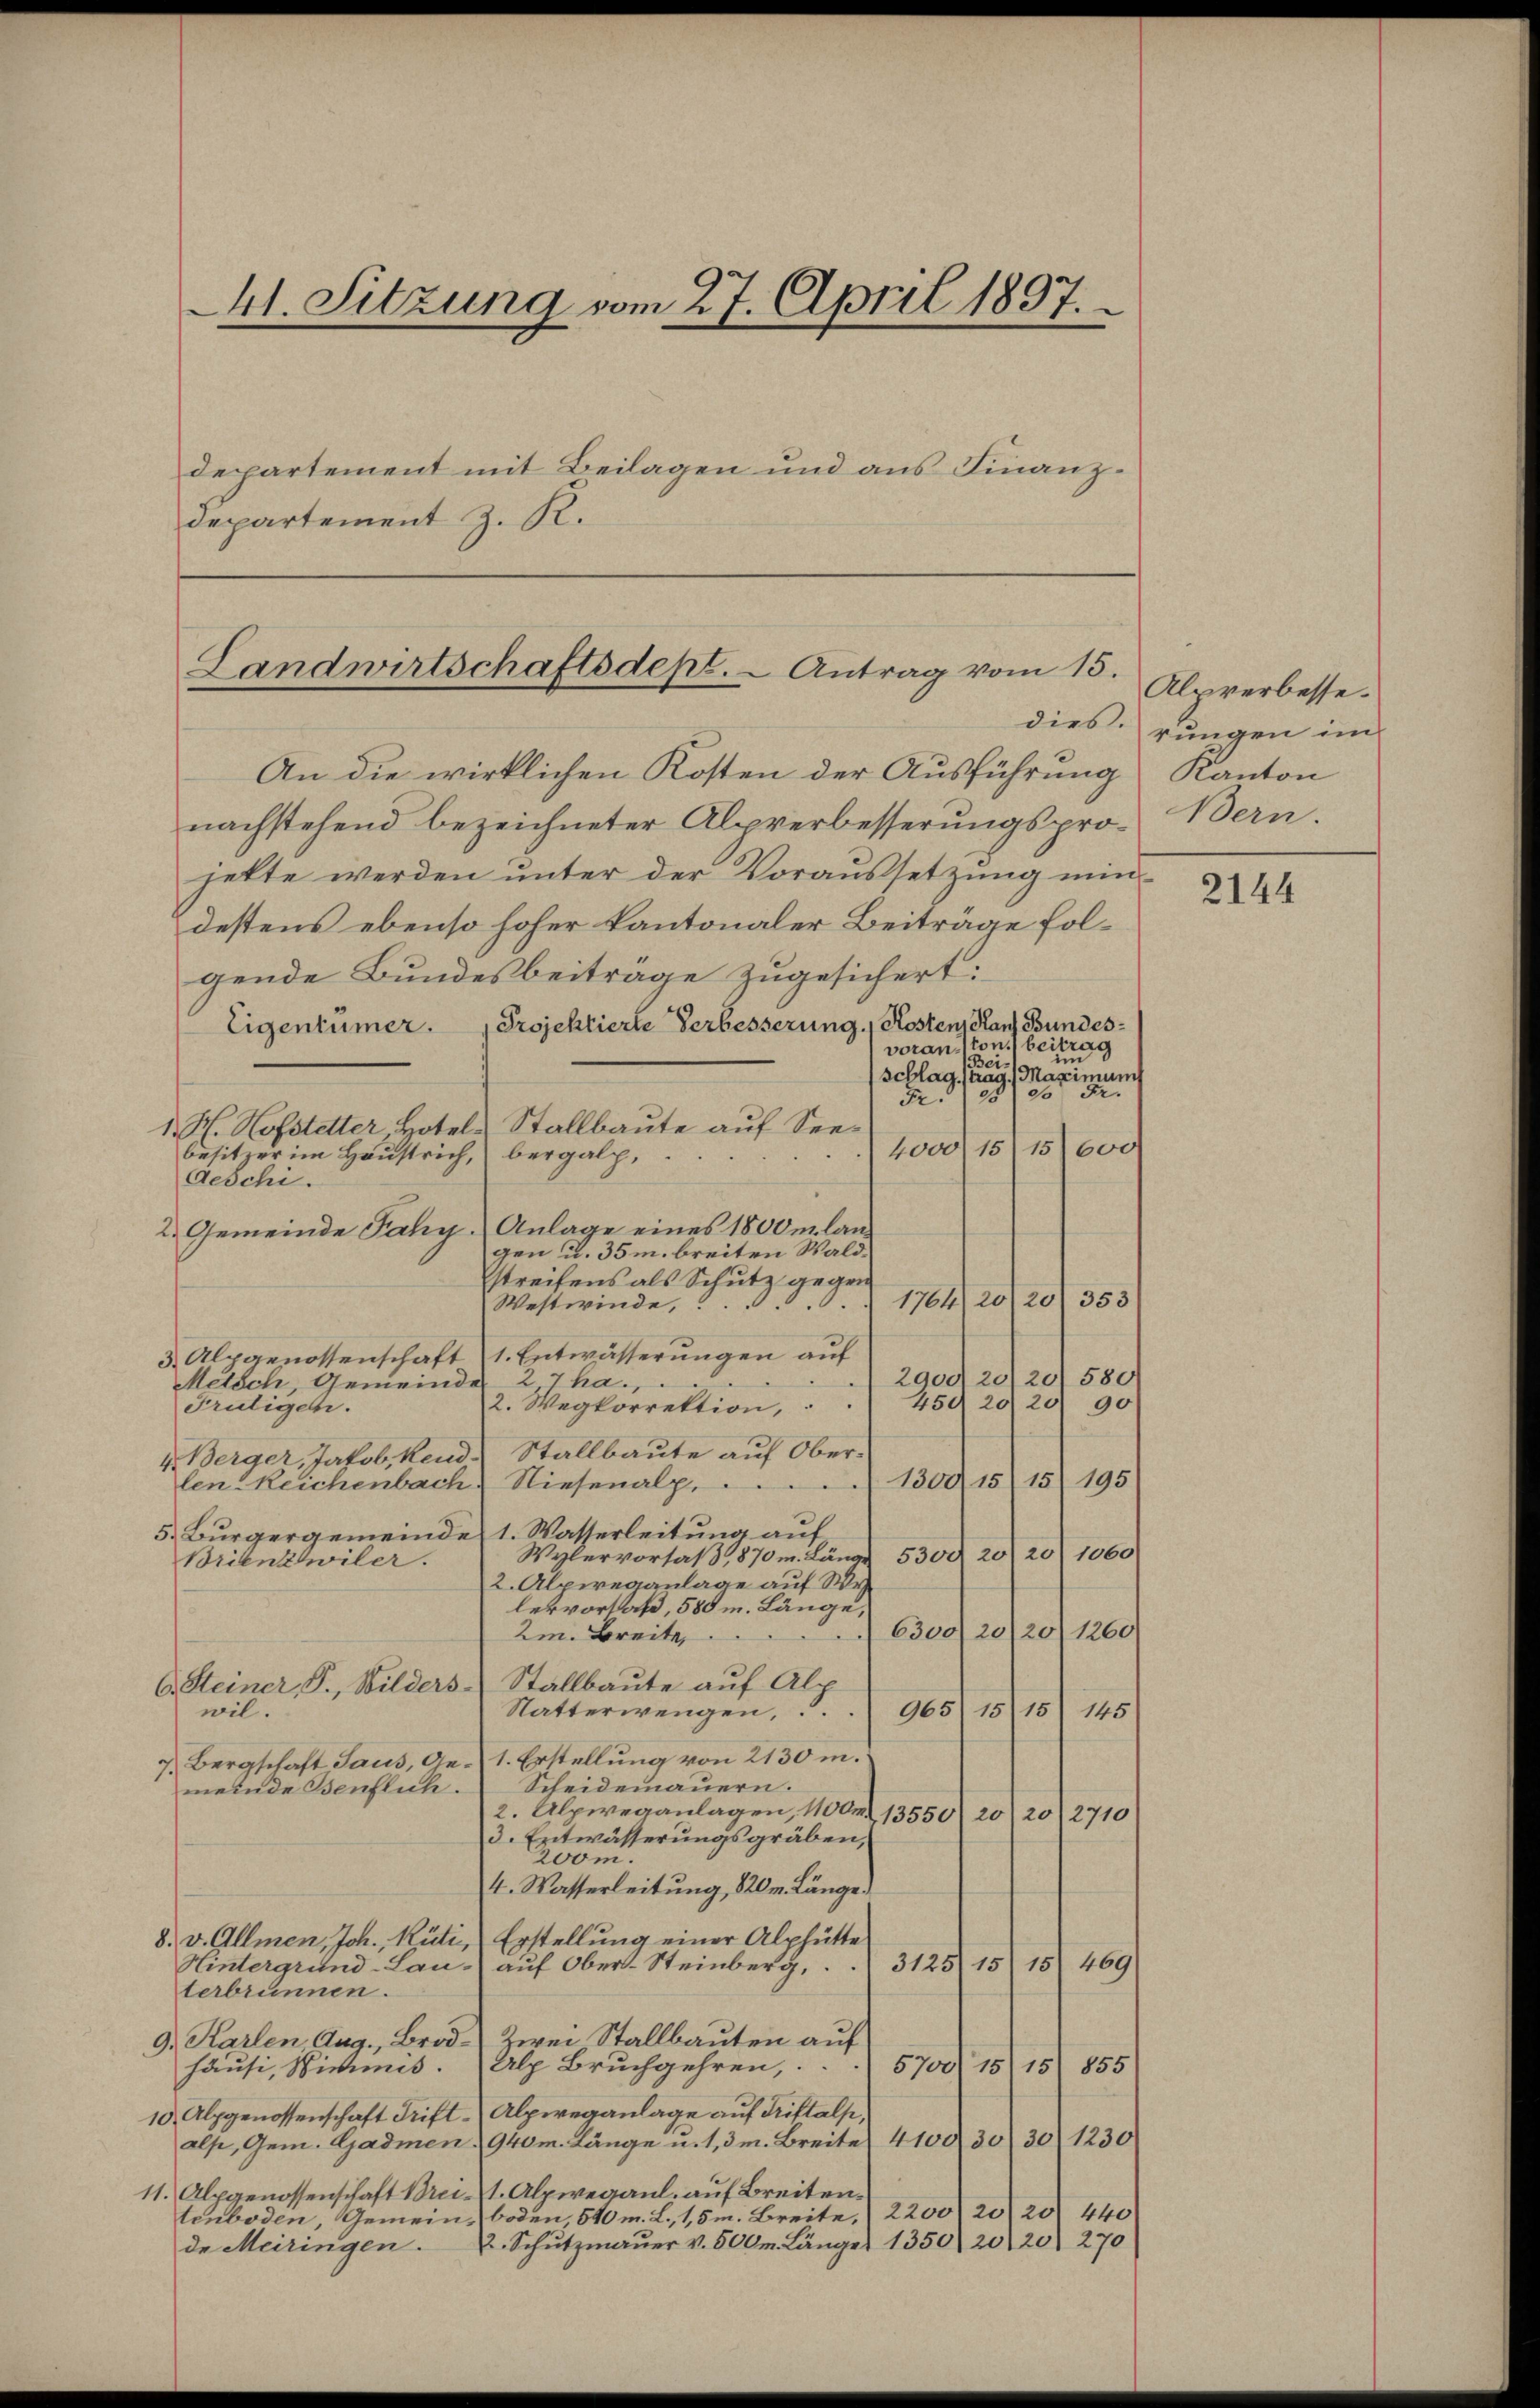
1. Sitzung vom 27. April 1857.
departement mit Beilagen und aus Finanz¬
Departement z. K.

Landwirtschaftsdept. - Antrag vom 15.
dies.

An die wirklichen Kosten der Ausführung Kanton
nachstehend bezeichneter Alpverbesserungspro- Bern.
jette werden unter der Voraussetzung mindestens ebenso hoher Kantonaler Beiträge folgende Bundesbeiträge zugesichert:
Eigentümer. Projektierte Verbesserung. Kosten, Hans Bundesvoransston be
39
Bei¬
Schlag, trag. Maximum
3 Fr.
F.
1. H. Hofstetter Hotels Stallbaute auf See¬
4000. 1515) 600
besitzer im Haustrich, bergalp,
Aeschi.
2. Gemeinde Fahy Anlage eines 1800m langen u. 35 m breiten Waldstreifens als Schutz gegen
1764) 20/20/ 353
Westwinde,
3. Alpgenossenschaft 1. Entwässerungen auf
290020/20/580
27ha.
Metsch, Gemeinde
45920/20)
90/
2. Wegkorrektion,
Frutigen.
Stallbaute auf Ober¬
4. Berger, Jakob, end¬
1300/15
15/195
len-Reichenbach Niesenalp.
.
5 Bürgergemeinde 1. Wasserleitung auf
Wylervorsaβ, 870 m. Länge 5300 20 20 1060
Brienzwiler.
2. Alpireganlage auf Wy
lervortaß, 580 m. Länge,
6300/20/20/1260)
2m Breite
C. Steiner, P., Wilders Stallbaute auf Alp
wil.
Natterwengen,
965115/15) 145
7. Bergschaft Saus, Ge- 1. Erstellung von 2130 m.
Scheidemauern.
meinde Benflich.
2. Alpweganlagen, 100. 13550/20/20/2710
d. Entwässerungsgräben,
zon.
4. Wasserleitung, 820m Länge
8. v. Allmen, Joh. Rüti, Erstellung einer Alphütte
3125115) 151 469)
Hintergrund-Lau-
auf Ober-Steinberg,
terbrunnen.
9. Karlen, Aug., Brod Zwei Stallbauten auf
häusi, Nichnis. Alp Bruchgehren,
855
570/ 1515
10 Alpgenossenschaft Trift Alpwreganlage auf Kristals,
1230/
alse, Gem. Gadmen. 940m Länge u. 1,3m. Breite 410030 30
11. Alpgenossenschaft Brei- 1. Alpwegaul. auf Breiten.
boden, 540 m. L., 1,5m. Breite, (2200 20 20 440
tenboden, Gemein¬
2. Schŭtzmaŭer v. 500m Länger 1350) 20 20 270
de Meiringen.

Alpwerbesse.
rungen im

2144